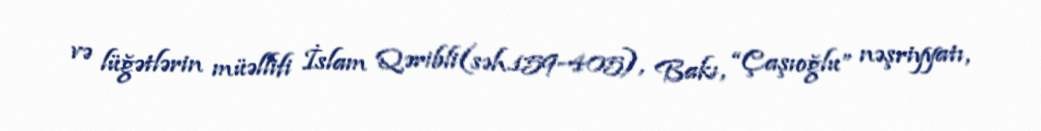
və lüğətlərin müəllifi İslam Qəribli(səh.159-405), Bakı, “Çaşıoğlu” nəşriyyatı,